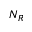
N _ { R }